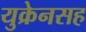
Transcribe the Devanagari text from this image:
युक्रेनसह